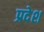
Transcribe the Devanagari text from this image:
प्रदेश